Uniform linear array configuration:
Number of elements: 8
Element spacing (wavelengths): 0.25
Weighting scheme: binomial
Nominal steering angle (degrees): -60
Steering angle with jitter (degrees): -58.917
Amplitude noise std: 0.05
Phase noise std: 0.05

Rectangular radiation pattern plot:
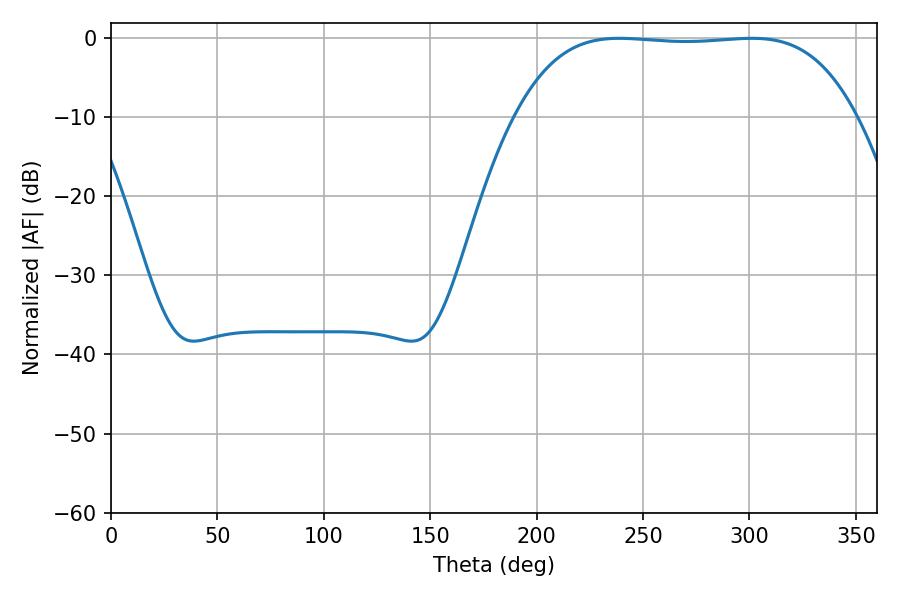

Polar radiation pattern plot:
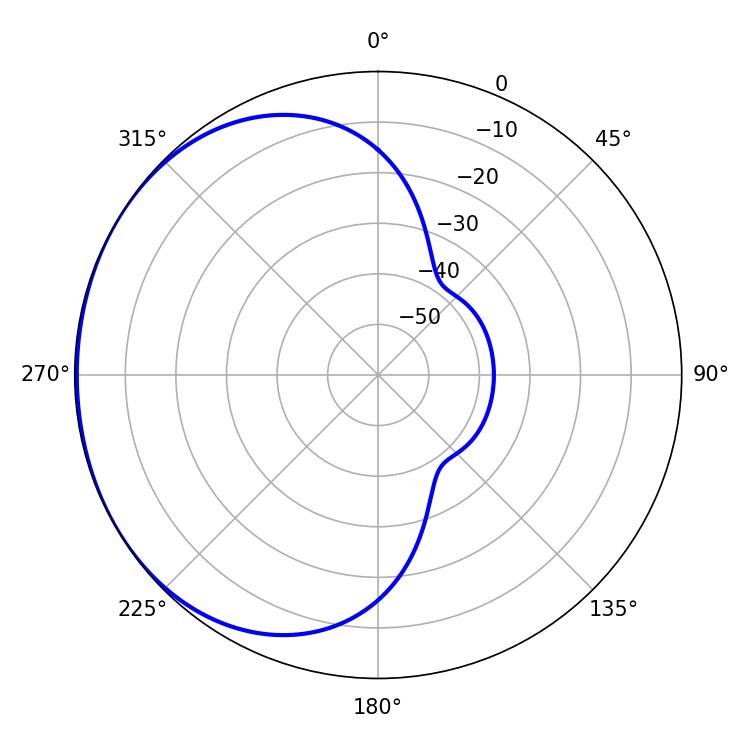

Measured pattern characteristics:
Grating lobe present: FALSE
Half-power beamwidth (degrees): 124.56
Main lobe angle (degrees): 238.86